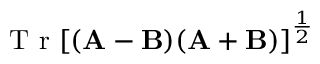
\textrm { T r } [ ( \mathbf { A } - \mathbf { B } ) ( \mathbf { A } + \mathbf { B } ) ] ^ { \frac { 1 } { 2 } }